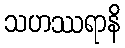
သဟဿရာနိ